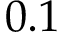
0 . 1